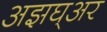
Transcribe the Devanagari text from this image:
अझघ्अर